Leaving Certificate Examination (including Day School Certificate (Higher) General paper), 1934
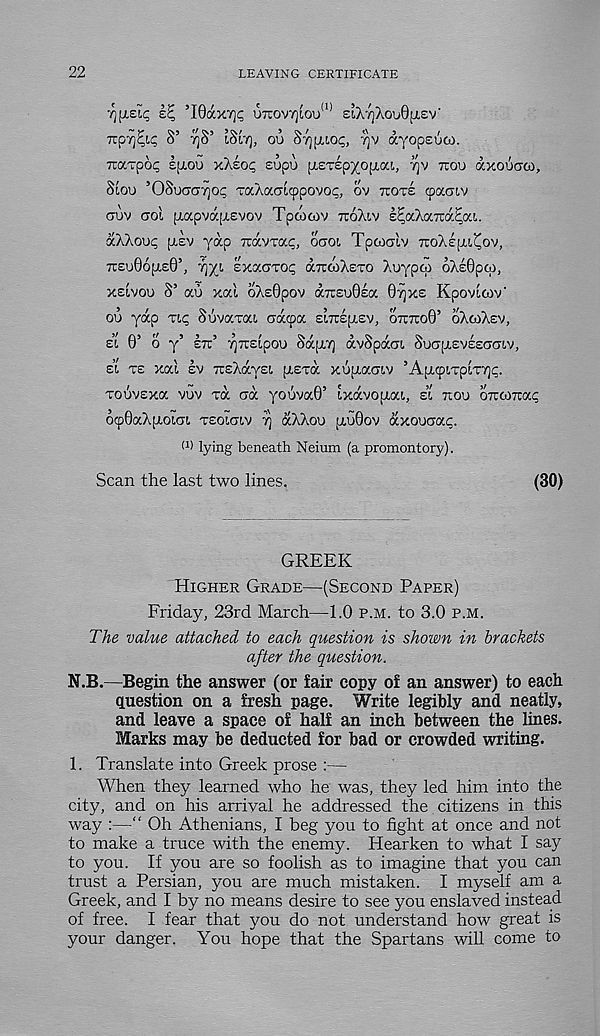
22
LEAVING CERTIFICATE
■qiLzlt; it; ’Idocxrji; U7rov7]iou 11) £LX'/]Aou0fj.£v'
TrpTj^ S’ 7]S’ LSL'IQ, OU STJ^UOP, rjv dyopsuGi.
Traxpop Ipiou xXsop eupu pieTepxopia!,, rjv TTOU dxouaco,
Siou ’OSucrcjYjop TaXacricppovop, ov nori cpoSiv
auv aol piapvdjxevov Tpoocov TTOXIV IpaXaTraEoa.
dXXoup [LEV yap Travvap, OCTOI Tpcoalv XOXE.UA(^ov,
x£u66[i,e0’, riyt, ExaoTOc dxdoXsTO Xuypw oXsOpco,
xsivou S’ au xal oXe0pov dxeo0E(x 07] xe Kpovicov"
ou yap Tip Suvaxai adcpa EIXE[AEV, OXXO0’ OXOIXEV,
SI 0’ o y’ EX’ yxsipou Sd(j,7] dvSpdcn Suap.EVEEaaiv,
si XE xal sv xsXdysi piExd xupiaaiv ’Apicpixpix7]p.
xouvsxa vuv xd ad youva0’ rxdvoaai, si xou oxooxap
ocp0aX[AoiGi XEOIGIV 7] dXXou piu0ov dxouoap.
f 1 ) lying beneath Neium (a promontory).
Scan the last two lines.
(30)
GREEK
HIGHER GRADE—(SECOND PAPER)
Friday, 23rd March—1.0 P.M. to 3.0 P.M.
The value attached to each question is shown in brackets
after the question.
N.B.—Begin the answer (or fair copy of an answer) to each
question on a fresh page. Write legibly and neatly,
and leave a space of half an inch between the lines.
Marks may be deducted for bad or crowded writing.
1. Translate into Greek prose :—
When they learned who he was, they led him into the
city, and on his arrival he addressed the citizens in this
way :—“ Oh Athenians, I beg you to fight at once and not
to make a truce with the enemy. Hearken to what I say
to you. If you are so foolish as to imagine that you can
trust a Persian, you are much mistaken. I myself am a
Greek, and I by no means desire to see you enslaved instead
of free. I fear that you do not understand how great is
your danger. You hope that the Spartans will come to